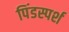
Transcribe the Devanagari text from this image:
पिंडस्पर्श